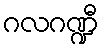
ဂလဂဏ္ဍီ